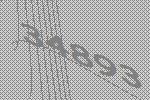
34893